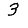
Digit: 3